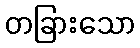
တခြားသော